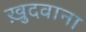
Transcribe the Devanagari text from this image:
ख़ुदवाना